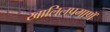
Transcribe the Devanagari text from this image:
खालिलप्रमाणॅ